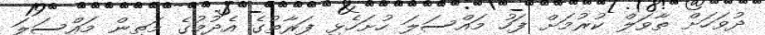
ދުވަހަށް ތާވަލް ކުރުމަށް ފަހު މައްސަލަ ހުށަހެޅި ފަރާތުގެ އެދުމުގެ މަތިން މައްސަލަ